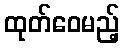
ထုတ်ဝေမည့်